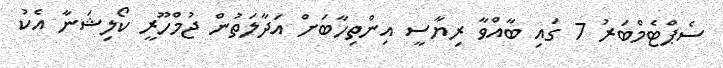
ސެޕްޓެމްބަރު 7 ގައި ބާއްވާ ރިޔާސީ އިންތިހާބަށް އަދާލަތުން ޖުމްހޫރީ ކޯލިޝަނާ އެކު